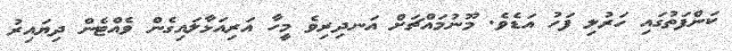
ކަންފަތުގައި ހަރުލި ފަހު އަޑެވެ. މޫނުމައްޗަށް އަނދިރިވެ މީހާ އަރިއަޅާލައިގެން ވެއްޓެން ދިޔައިރު